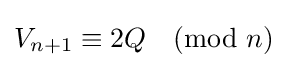
V_{n+1}\equiv 2Q{\pmod {n}}